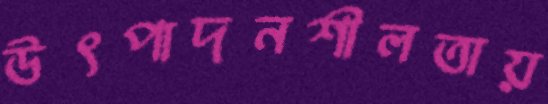
উৎপাদনশীলতায়